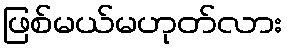
ဖြစ်မယ်မဟုတ်လား